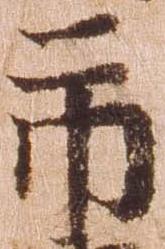
市